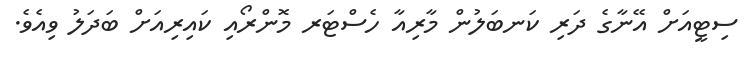
ސިޓީއަށް އޭނާގެ ދަރި ކަނބަލުން މާރިއާ ހެސްޓަރ މޮންރޯއި ކައިރިއަށް ބަދަލު ވިއެވެ.